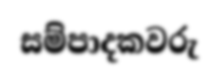
සම්පාදකවරු